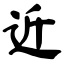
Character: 近